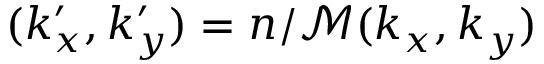
( k _ { x } ^ { \prime } , k _ { y } ^ { \prime } ) = n / \mathcal { M } ( k _ { x } , k _ { y } )